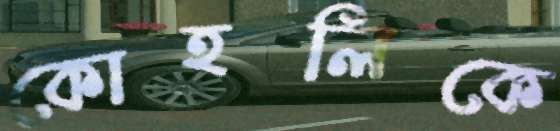
কোহলিকে